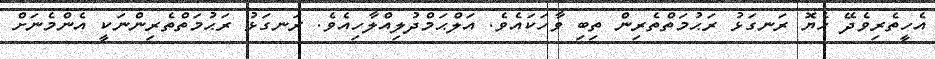
އެހީތެރިވެދޭ ހެޔޮ ރަނގަޅު ރަޙުމަތްތެރިން ތިބި ވާހަކައެވެ. އަލްޙަމްދުލިއްލާހިއެވެ. ރަނގަޅު ރަޙުމަތްތެރިންނަކީ އެންމެނަށް